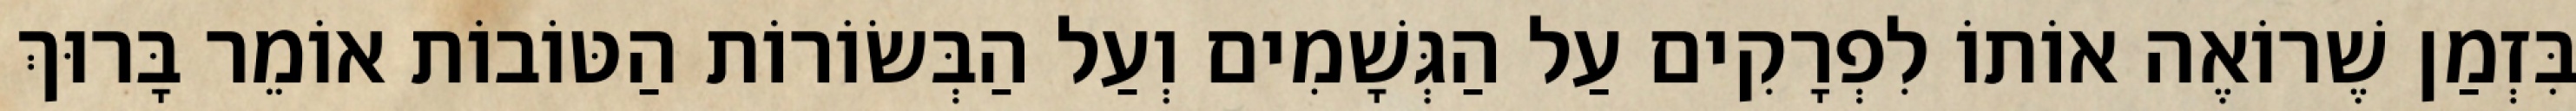
בִּזְמַן שֶׁרוֹאֶה אוֹתוֹ לִפְרָקִים עַל הַגְּשָׁמִים וְעַל הַבְּשׂוֹרוֹת הַטּוֹבוֹת אוֹמֵר בָּרוּךְ